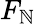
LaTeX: F_{\mathbb{N}}